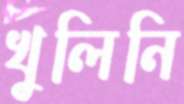
খুলিনি